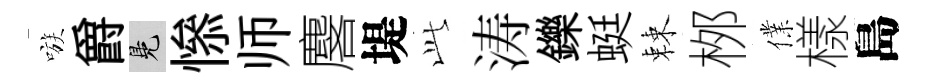
嗾爵鳬𢡖师麐堤𬼘涛鑠蜓棘桞㒒樣島